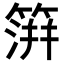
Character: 𥲂